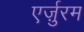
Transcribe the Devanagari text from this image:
एर्ज़ुरम